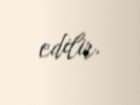
edilir.